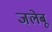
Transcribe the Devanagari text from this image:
जलेबू